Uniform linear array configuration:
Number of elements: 64
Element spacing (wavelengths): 0.75
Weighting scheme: hann
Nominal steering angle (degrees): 60
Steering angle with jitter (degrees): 59.036
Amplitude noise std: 0.05
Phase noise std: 0.05

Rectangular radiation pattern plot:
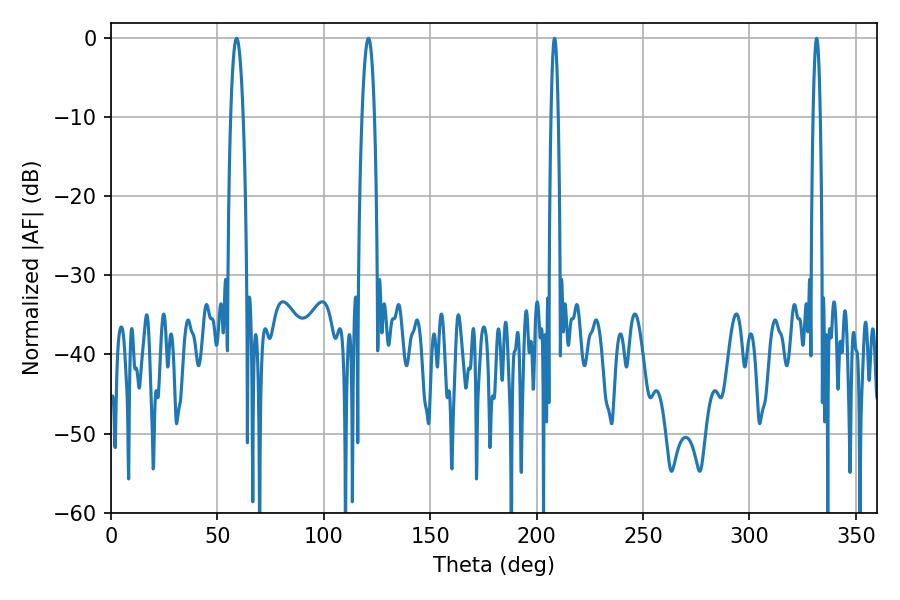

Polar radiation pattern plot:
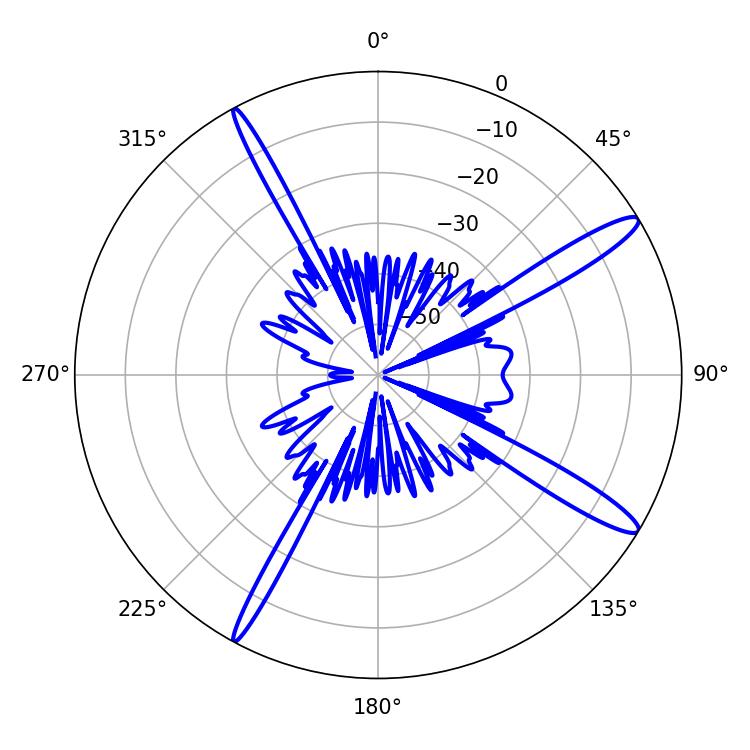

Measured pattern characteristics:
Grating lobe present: TRUE
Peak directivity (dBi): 14.472
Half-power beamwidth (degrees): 3.24
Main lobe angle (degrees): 120.96